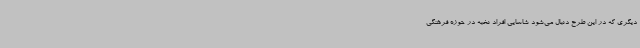
دیگری که در این طرح دنبال می‌شود شاسایی افراد نخبه در حوزه فرهنگی